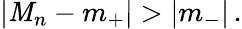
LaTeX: \left|\mathit{M}_{n}-m_{+}\right|>\left|m_{-}\right|\, .